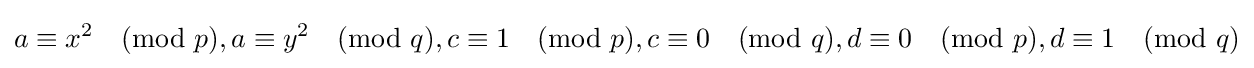
a\equiv x^{2}{\pmod {p}},a\equiv y^{2}{\pmod {q}},c\equiv 1{\pmod {p}},c\equiv 0{\pmod {q}},d\equiv 0{\pmod {p}},d\equiv 1{\pmod {q}}